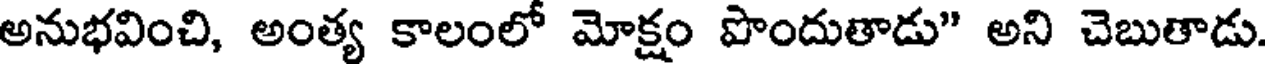
అనుభవించి, అంత్య కాలంలో మోక్షం పొందుతాడు" అని చెబుతాడు